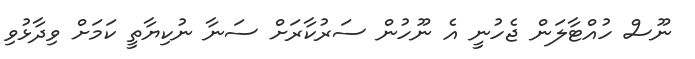
ނޫސް ހުއްޓާލަން ޖެހުނީ އެ ނޫހުން ސަރުކާރަށް ސަނާ ނުކިޔާތީ ކަމަށް ވިދާޅުވި